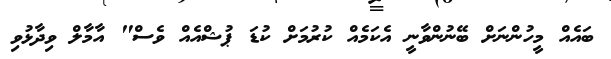
ބައެއް މީހުންނަށް ބޭނުންވާނީ އެކަމެއް ކުރުމަށް ކުޑަ ޕުޝްއެއް ވެސް" އާމާލް ވިދާޅުވި